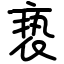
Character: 亵